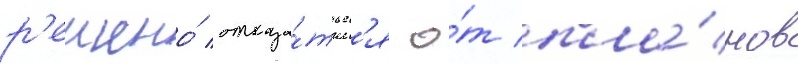
р'ешено́ отказа́тьс'я о́т пла́нов